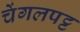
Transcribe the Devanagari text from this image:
चेंगलपट्ट